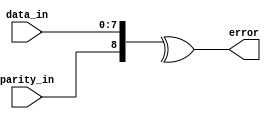
// This program was cloned from: https://github.com/ekb0412/100DaysofRTL
// License: Apache License 2.0

`timescale 1ns / 1ps

module even_parity_checker(
  input wire [7:0] data_in,
  input wire parity_in,
  output wire error
);

assign error = ^({parity_in, data_in});

endmodule